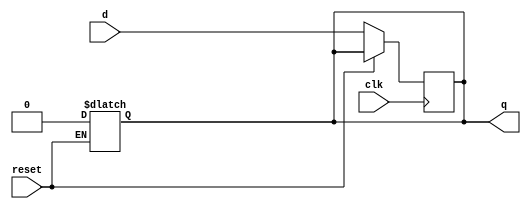
module q1(d,clk,reset,q);
 input d,clk,reset;
 output reg q;
 always @(posedge clk)
        if (!reset)
            q <= d;
    always @(reset)
        if (reset)
            q <= 0;

endmodule